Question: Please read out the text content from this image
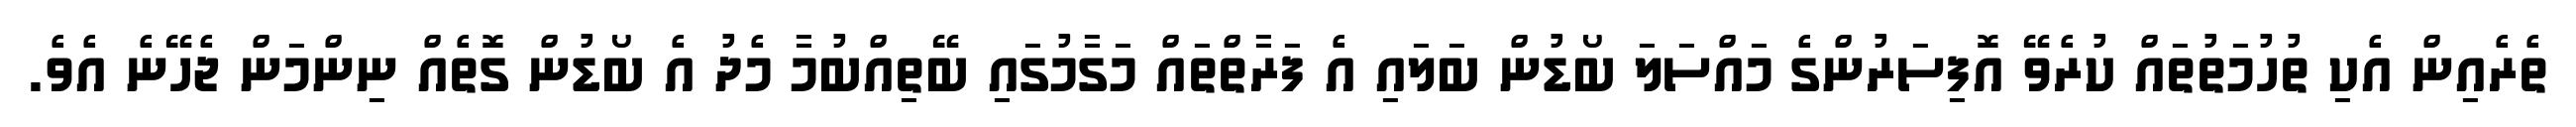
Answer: ތެރެއިން އެކި ތުހުމަތުތައް ކުރެވޭ އޮފިސަރުންގެ މައްސަލަ ބޯޑުން ބަލައި އެ ފަރާތްތައް މަގާމުގައި ބޭތިއްބުމާ މެދު އެ ބޯޑުން ގޮތެއް ނިންމަން ޖެހޭނެ އެވެ.